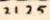
2125